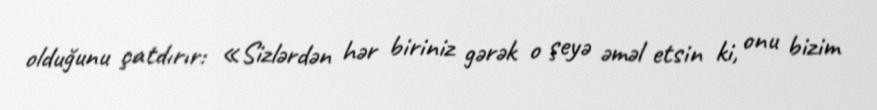
olduğunu çatdırır: «Sizlərdən hər biriniz gərək o şeyə əməl etsin ki, onu bizim